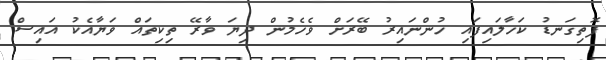
ފޮތިގަނޑު ކަހާލައިފައި ހުންނައިރު ބޭރަށް ވެހެމުން ދިޔަ ވާރޭ ތިކިތައް ވަޔާއެކު އައިސް